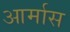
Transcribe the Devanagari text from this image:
आर्मास